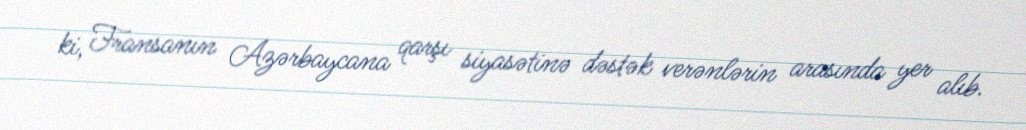
ki, Fransanın Azərbaycana qarşı siyasətinə dəstək verənlərin arasında yer alıb.